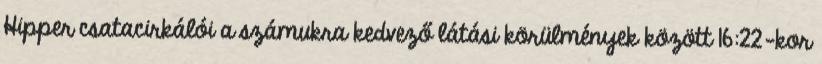
Hipper csatacirkálói a számukra kedvező látási körülmények között 16:22-kor